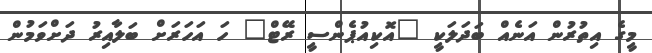
މީގެ އިތުރުން އަނެއް ބަދަލަކީ "އޮކިއުޕެންސީ ރޭޓް" ހަ އަހަރަށް ބަލާއިރު ދަށްވަމުން